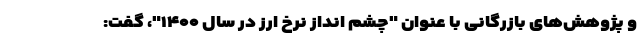
و پژوهش‌های بازرگانی با عنوان "چشم انداز نرخ ارز در سال ۱۴۰۰"، گفت: